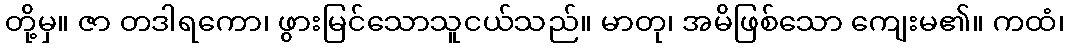
တို့မှ။ ဇာ တဒါရကော၊ ဖွားမြင်သောသူငယ်သည်။ မာတု၊ အမိဖြစ်သော ကျေးမ၏။ ကထံ၊